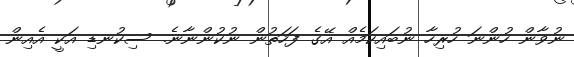
ނުވާން ހުންނަ ހުރިހާ ނުބައިކަމެއް އޭގެ ފަހަތުން ނުކުންނާނެ. ސިކުނޑި އަކީ އެއިން